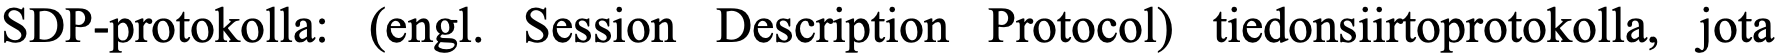
SDP-protokolla: (engl. Session Description Protocol) tiedonsiirtoprotokolla, jota